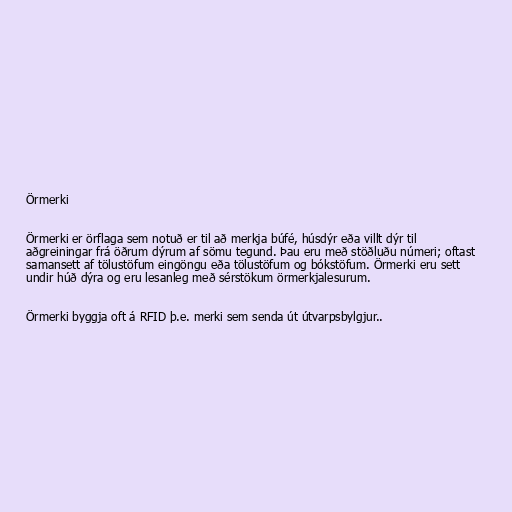
Örmerki

Örmerki er örflaga sem notuð er til að merkja búfé, húsdýr eða villt dýr til
aðgreiningar frá öðrum dýrum af sömu tegund. Þau eru með stöðluðu númeri; oftast
samansett af tölustöfum eingöngu eða tölustöfum og bókstöfum. Örmerki eru sett
undir húð dýra og eru lesanleg með sérstökum örmerkjalesurum.

Örmerki byggja oft á RFID þ.e. merki sem senda út útvarpsbylgjur..